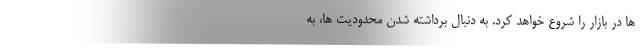
ها در بازار را شروع خواهد کرد. به دنبال برداشته شدن محدودیت ها، به